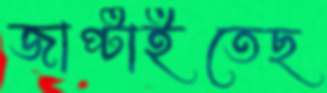
জাপ্‌টাইতেছ